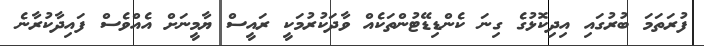
ފުރަތަމަ ބުރުގައި އިދިކޮޅުގެ ގިނަ ކެންޑިޑޭޓުންތަކެއް ވާދަކުރުމަކީ ރައީސް ޔާމީނަށް އެއްވެސް ފައިދާކުރާނެ